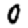
Digit: 0